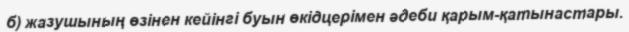
б) жазушының өзінен кейінгі буын өкідцерімен әдеби қарым-қатынастары.